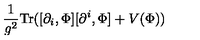
\frac { 1 } { g ^ { 2 } } \mathrm { T r } ( [ \partial _ { i } , \Phi ] [ \partial ^ { i } , \Phi ] + V ( \Phi ) )